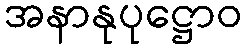
အနာနုပုဋ္ဌောဝ